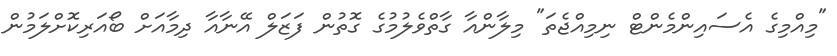
"މިއްމިގެ އެސައިންމެންޓް ނިމިއްޖެތަ" މިލާންއާ ގާތްވެލުމުގެ ގޮތުން ފަޒަލް އޭނާއާ ދިމާއަށް ބޯއަރިކޮށްލަމުން